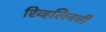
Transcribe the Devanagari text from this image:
रिव्हलिनची